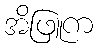
အိဖြူက